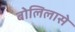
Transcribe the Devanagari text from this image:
बोलिलासे